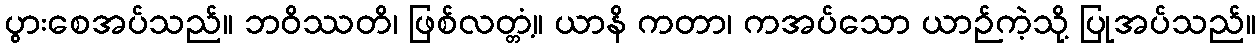
ပွားစေအပ်သည်။ ဘဝိဿတိ၊ ဖြစ်လတ္တံ့။ ယာနိ ကတာ၊ ကအပ်သော ယာဉ်ကဲ့သို့ ပြုအပ်သည်။